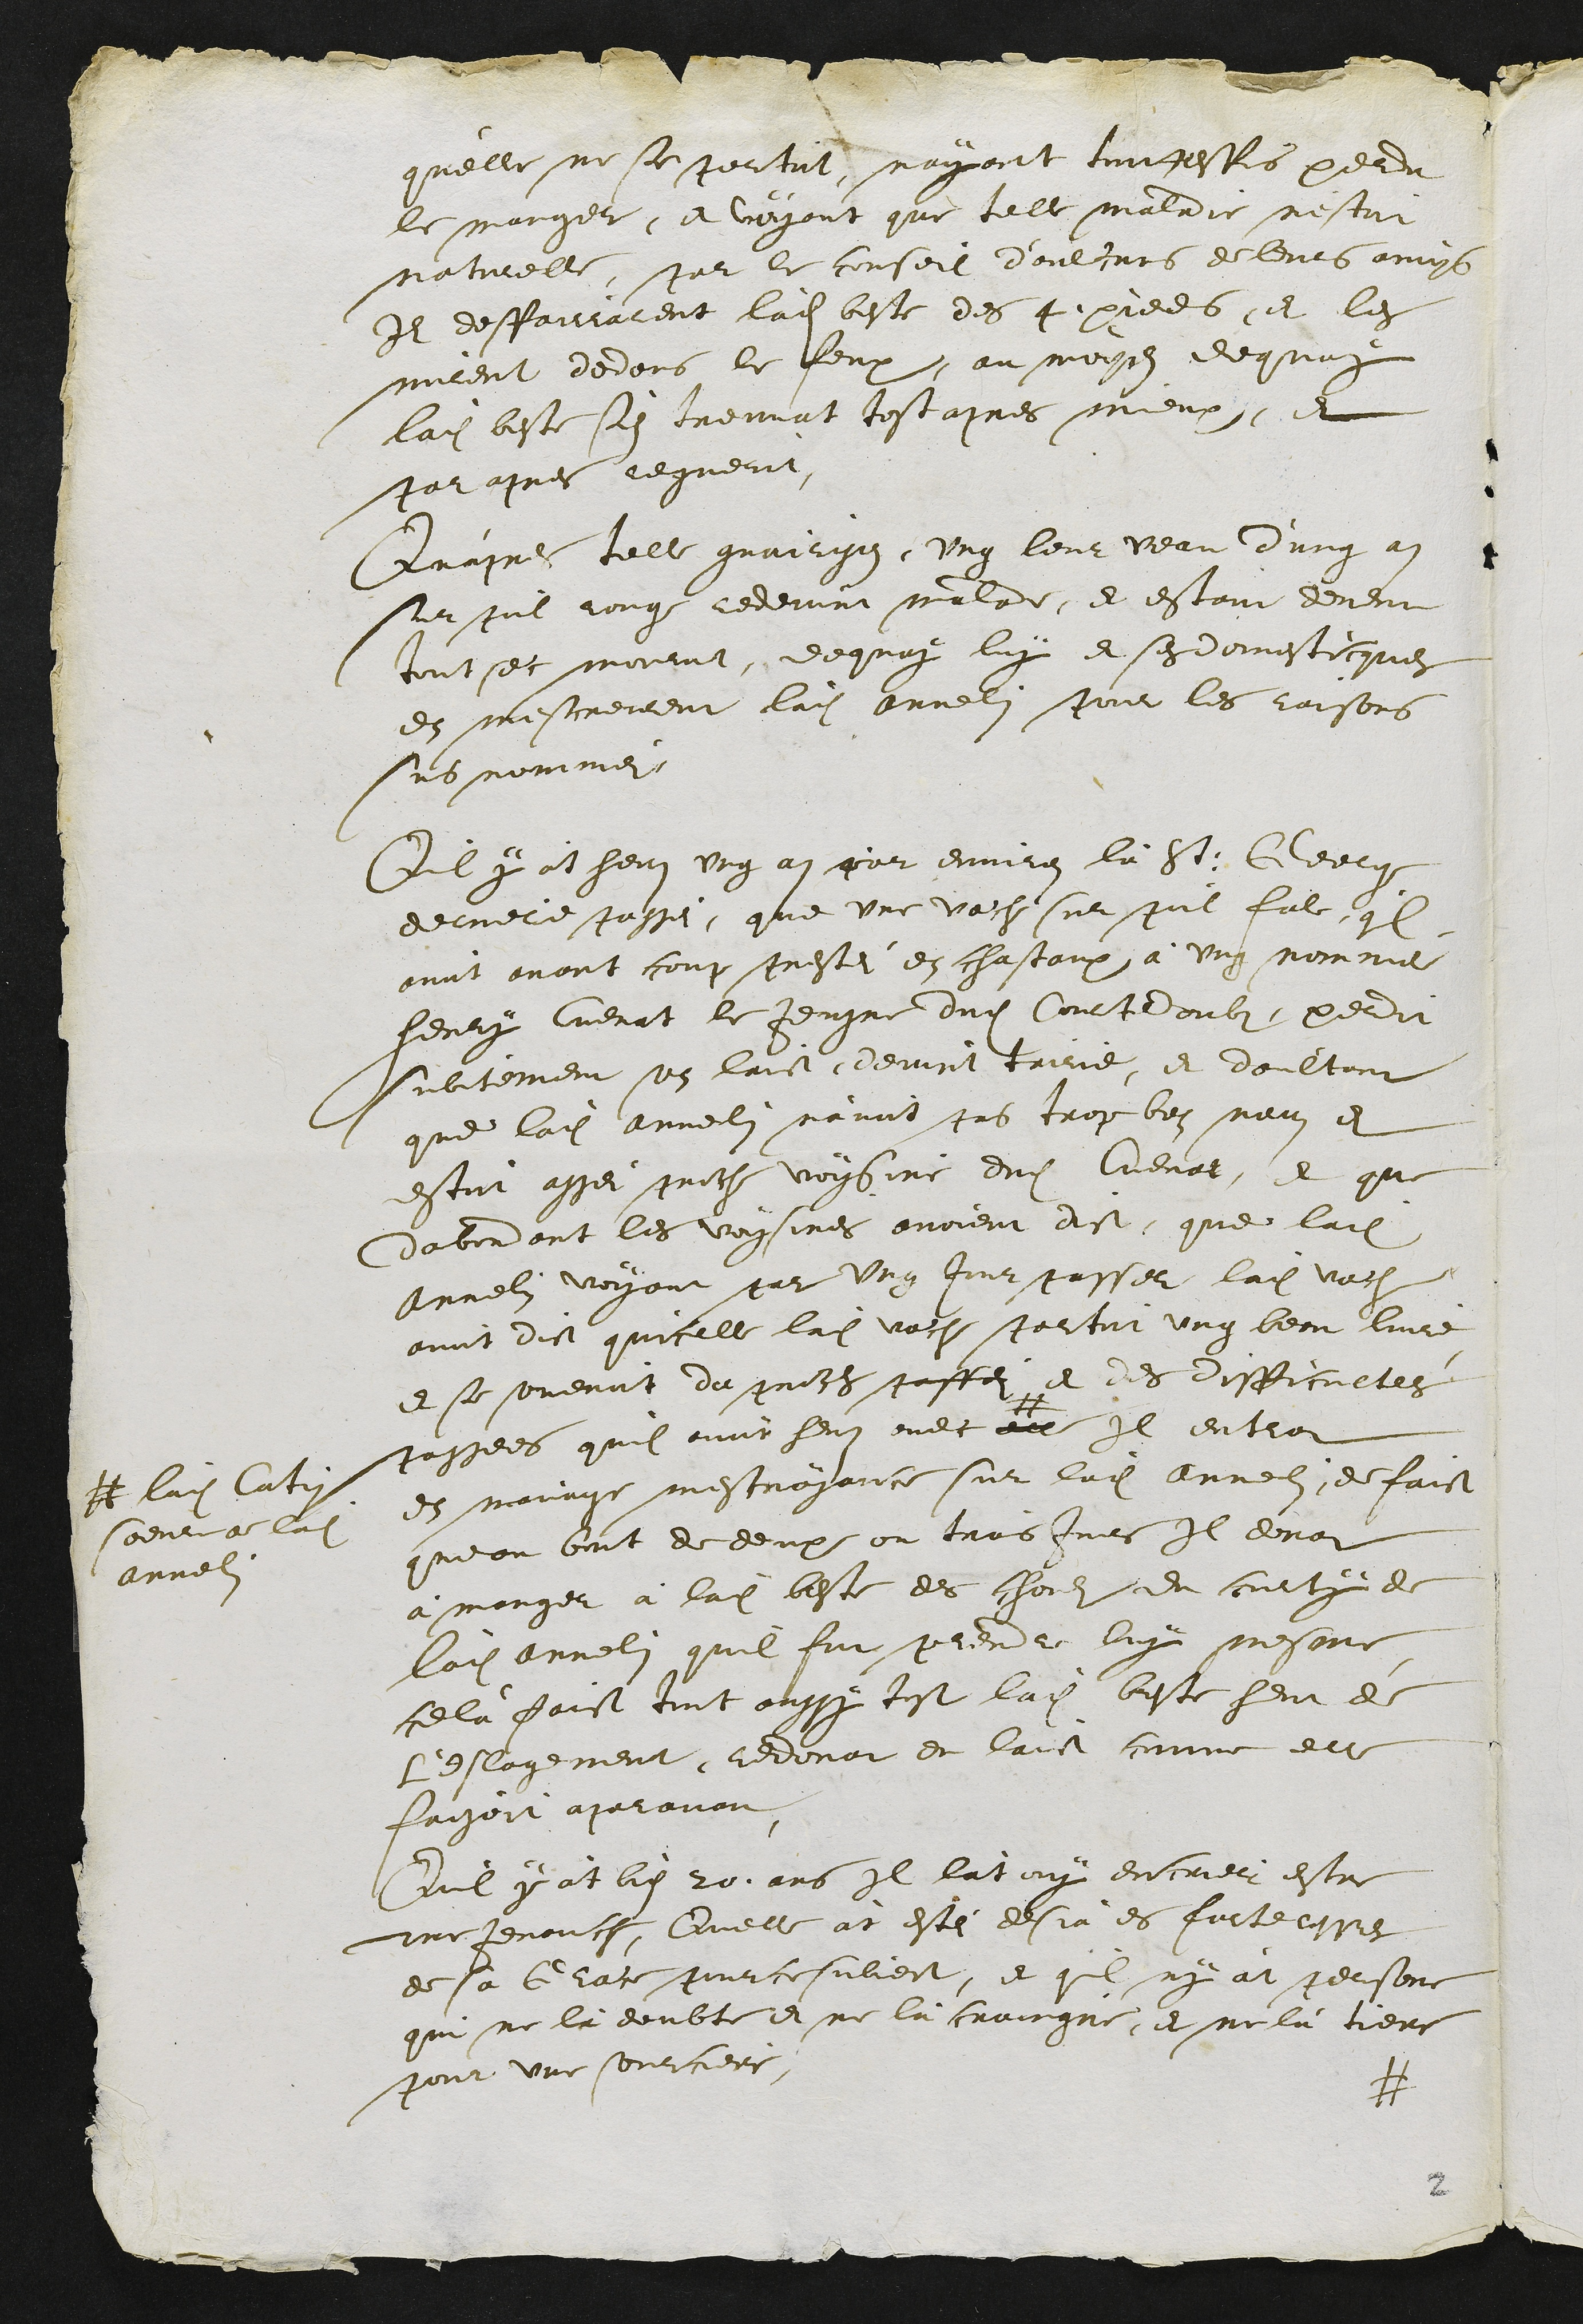
qu'elle ne se portoit, nayant touttesfois perdu
le manger, et voyant que telle maladie nestoit
naturelle, par le conseil d'aulcuns de leurs amys
Ils desfairrarent ladite beste de 4. pieds, et les
mirent dedans le feux, au moyen dequoy
ladite beste s'en treuvat tost aprs mieux, et
par apres reguerit,
Qu'apres telle guairison, ung leur veau d'ung an
sur poil rouge redevint malade, et estant devenu
tout sec mourut, dequoy, luy et ses domesticques
en mescreirent ladite Annelin pour les raisons
sus nommei
Quil y at heus ung an par environ la St: George
derniere passei, que une vache sur poil fale quil
avoit avant coup prestei en chastaux à ung nommé
Henry Cuenat le Jeusne dudit Courtedoubs, perdit
subitement son laict, devint tairie, et d'aultant
que ladite Annelin n'avoit pas trop bon nom et
estoit assei proche voysine dudit Cuenat, et que
dabondant les voysines avoient dict que ladite
Annelin voyant par ung Jour passer ladite vache
avoit dict quicelle ladite vache portoit ung beau livre
et se souvenoit du proces passei et des difficultées
passees quil avoit heuz avec #
# ladite Catin
soeur de ladite
Annelin
Il entrat
en mavaise mescroyance sur ladite Annelin, de faict
que au bout de deux ou trois Jours Il donat
à manger à ladite beste des chouls du curty de
ladite Annelin quil fut prendre luy mesme,
celà faict tout aussy tost ladite beste heut de
L'eslagement, redonat de laict comme elle
faisoit aparavant,
Qu'il y at bien 20.ans Il l'at ouy encrier estre
une jenauche, Quelle at esté desja es forteresses
de sa Grace pour ce subject, et qu'il ny at persone
qui ne là deubte et ne la craingne, et ne là tiene
pour une sourciere,
#

2